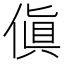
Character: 傎